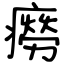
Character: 癆